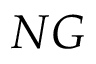
N G